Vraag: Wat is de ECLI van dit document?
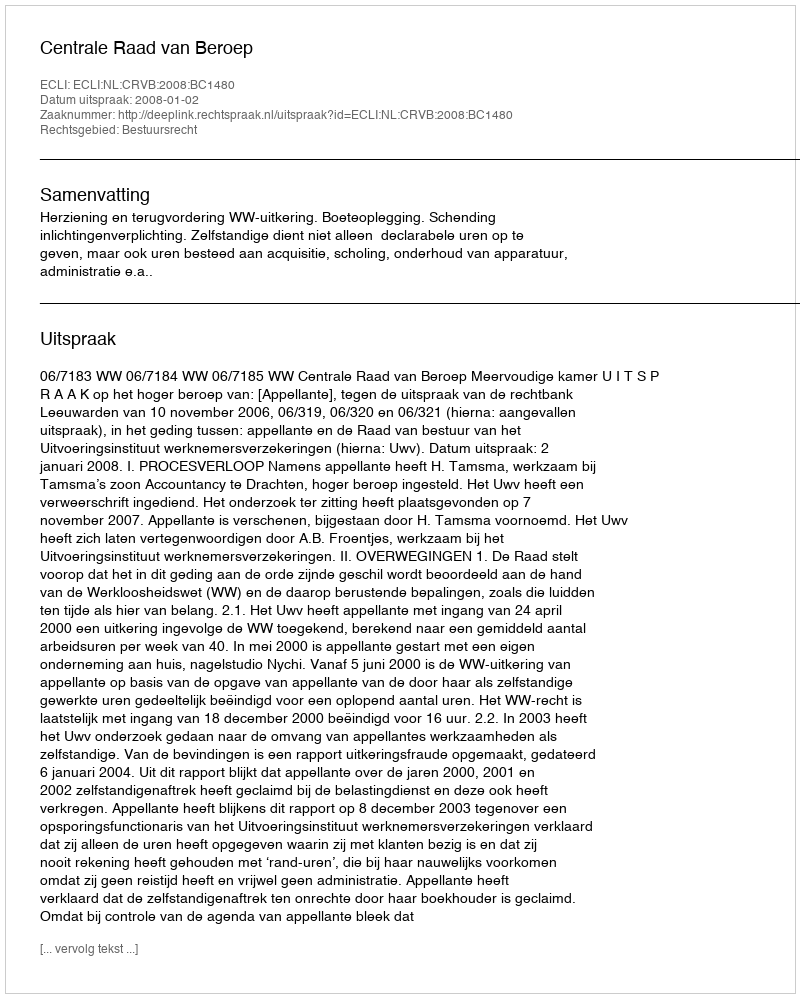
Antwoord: ECLI:NL:CRVB:2008:BC1480